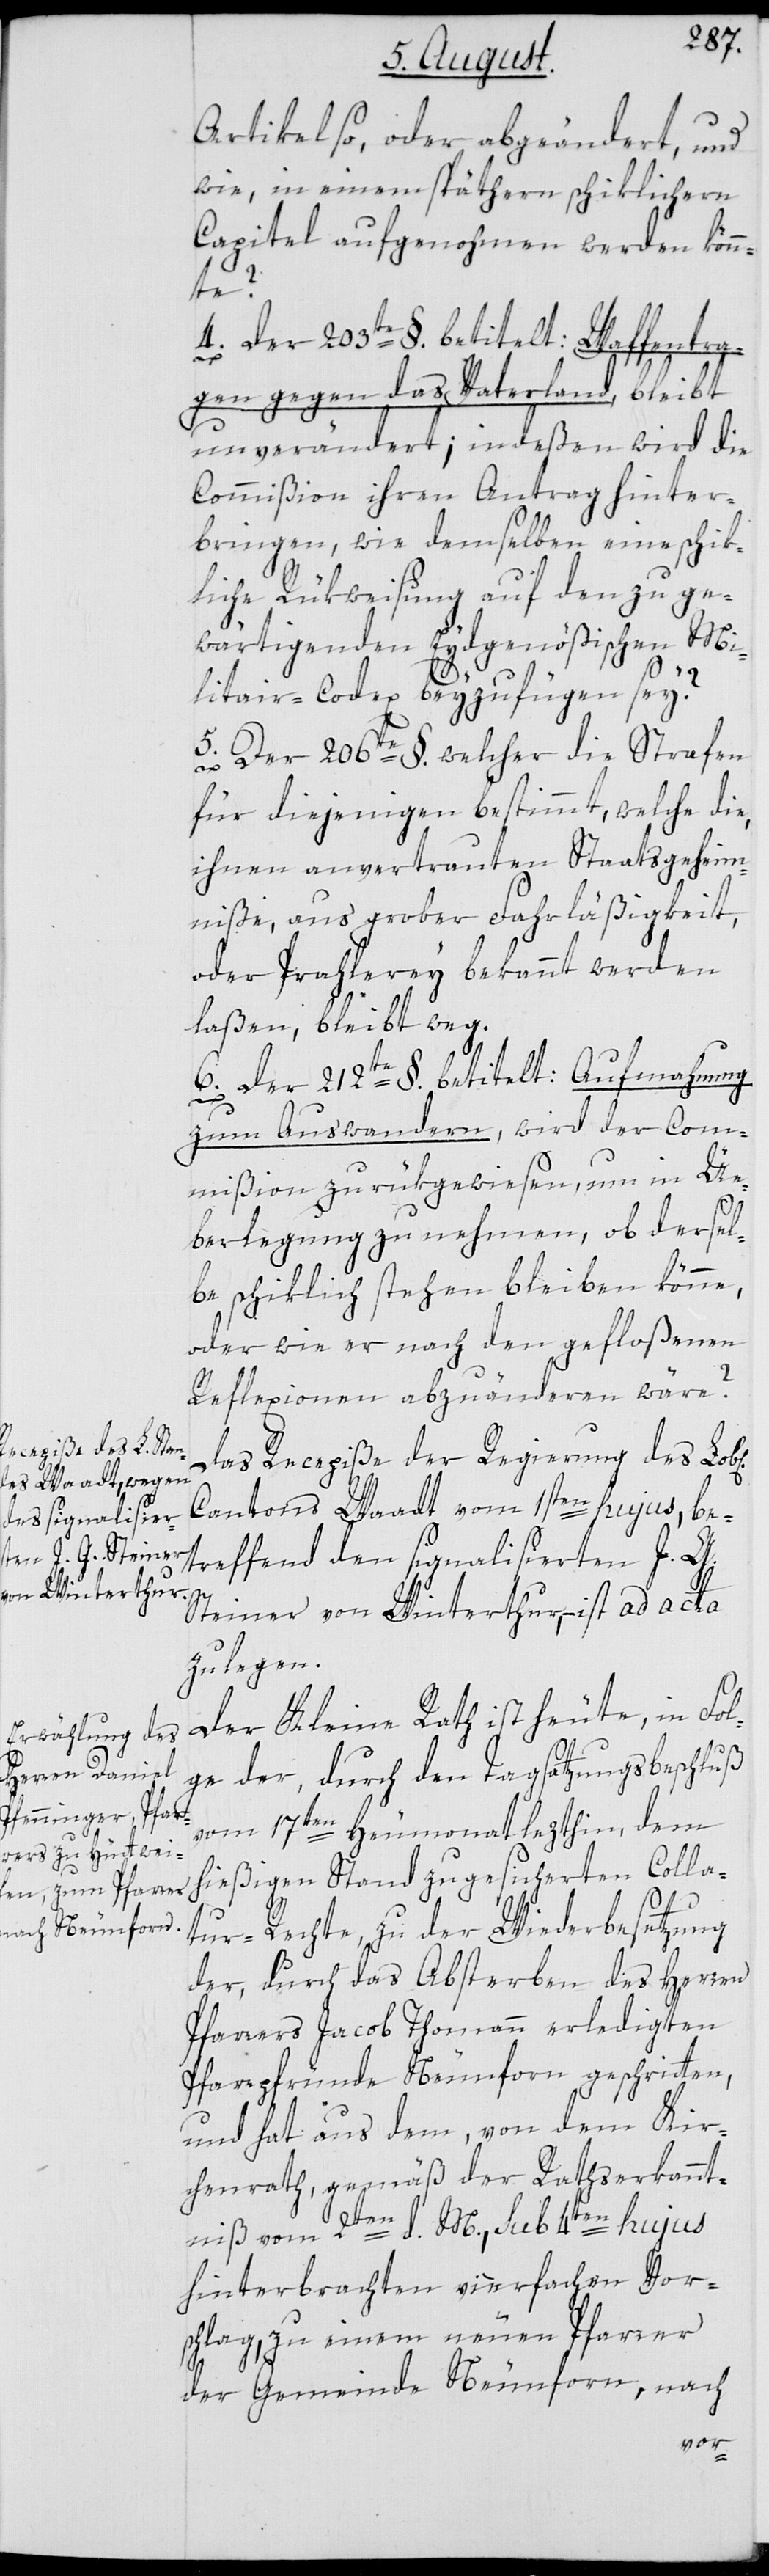
Artikel so, oder abgeändert, und
wie, in einem späthern schiklichern
Capitel aufgenohmen werden könn¬
te?
4. Der 203te §. betitelt: Waffentra¬
gen gegen das Vaterland, bleibt
unverändert; indeßen wird die
Commißion ihren Antrag hinter¬
bringen, wie demselben eine schik¬
liche Rükweisung auf den zu ge¬
wärtigenden Eydgenößischen Mi¬
litair-Codex beyzufügen sey?
5. Der 206te §. welcher die Strafen
für diejenigen bestimmt, welche die,
ihnen anvertrauten Staatsgeheim¬
niße, aus grober Fahrläßigkeit,
oder Prahlerey bekannt werden
laßen, bleibt weg.
6. Der 212te §. betitelt: Aufmahnung
zum Auswandern, wird der Com¬
mißion zurükgewiesen, um in Ü¬
hen]
berlegung zu nehmen, ob dersel¬
be schiklich stehen bleiben könne,
oder wie er nach den gefloßenen
Reflexionen abzuändern wäre?
Das Recepiße der Regierung des Lo¬
Cantons Waadt vom 1sten hujus, be¬
treffend den signalisierten J. G.
Steiner von Winterthur, ist ad acta
zulegen.
Der Kleine Rath ist heute, in Fol¬
ge der, durch den Tagsatzungsbeschluß
vom 17ten Heumonat lezthin, dem
hießigen Stand zugesicherten Colla¬
tur-Rechte, zu der Wiederbesetzung
der, durch das Absterben des Herren
Pfarrers Jacob Thomann erledigten
Pfarrpfründe Neunforn geschritten,
und hat aus dem, von dem Kir¬
chenrath, gemäß der Rathserkannt¬
niß vom 2ten d. M, sub 4ten hujus
hinterbrachten vierfachen Vor¬
schlag, zu einem neuen Pfarrer
der Gemeinde Neunforn, nach